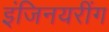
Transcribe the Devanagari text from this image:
इंजिनयरींग